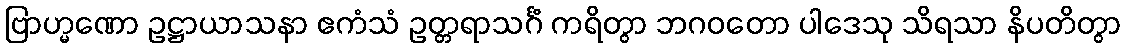
ဗြာဟ္မဏော ဥဋ္ဌာယာသနာ ဧကံသံ ဥတ္တရာသင်္ဂံ ကရိတွာ ဘဂဝတော ပါဒေသု သိရသာ နိပတိတွာ